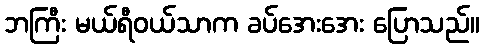
ဘကြီး မယ်ရီဝယ်သာက ခပ်အေးအေး ပြောသည်။